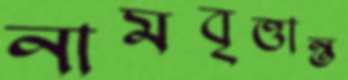
নামবৃত্তান্ত